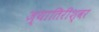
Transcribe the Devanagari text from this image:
ज्यातिरीश्वर